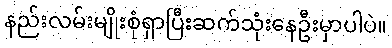
နည်းလမ်းမျိုးစုံရှာပြီးဆက်သုံးနေဦးမှာပါပဲ။